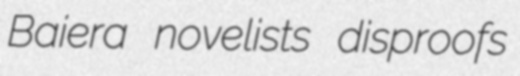
Baiera novelists disproofs